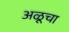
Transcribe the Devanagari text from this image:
अळूचा